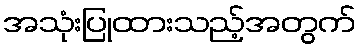
အသုံးပြုထားသည့်အတွက်